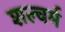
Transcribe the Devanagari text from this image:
शल्चर्म